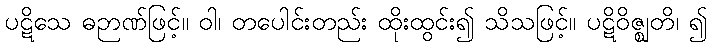
ပဋိသေ ဓဉာဏ်ဖြင့်။ ဝါ၊ တပေါင်းတည်း ထိုးထွင်း၍ သိသဖြင့်။ ပဋိဝိဇ္ဈတိ၊ ၍